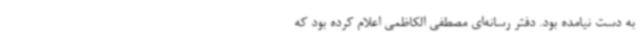
به دست نیامده بود. دفتر رسانه‌ای مصطفی الکاظمی اعلام کرده بود که